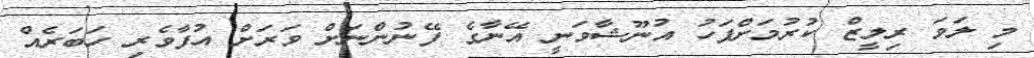
މި ލަވަ ރިލީޒް ކުރުމަށްފަހު އުނޫޝާވަނީ އޭނާގެ ފޭނުންނަށް ވަރަށް އުފާވެރި ހަބަރެއް